Vaccination in Bombay 1924-1928 - 1924-1928
Year: 1924
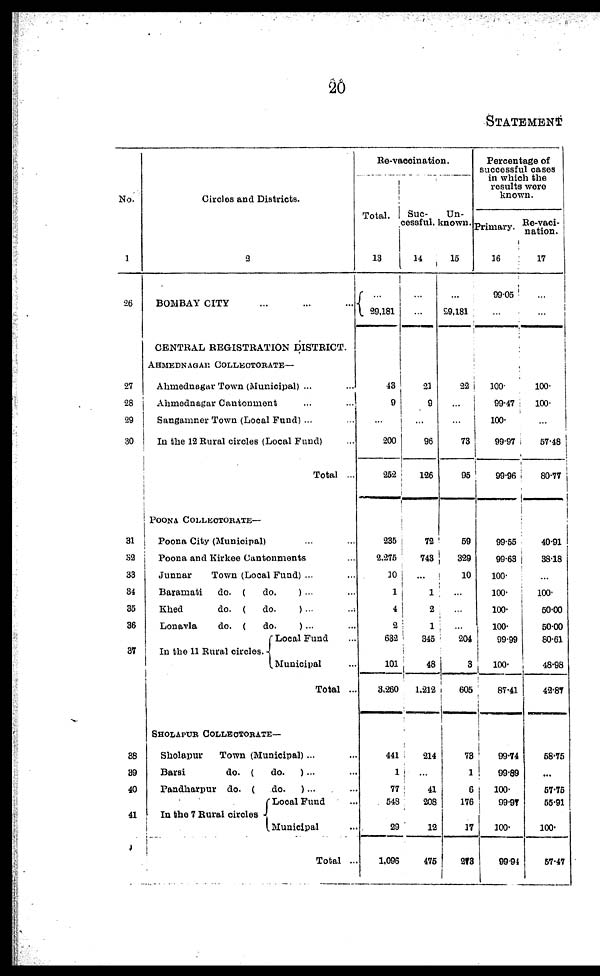
20
STATEMENT
No.
1
26
27
28
29
30
31
32
33
34
35
36
37
38
39
40
41
Circles and Districts.
2
BOMBAY CITY ... ... ...
CENTRAL REGISTRATION DISTRICT.
AHMEDNAGAE COLLECTORATE—
Ahmednagar Town (Municipal) ... ...
Ahmednagar Cantonment ... ...
Sangamner Town (Local Fund)... ...
In the 12 Rural circles (Local Fund) ...
Total ...
POONA COLLECTORATE—
Poona City (Municipal) ... ...
Poona and Kirkee Cantonments ...
Junnar
Town (Local Fund) ... ...
Baramati
do. (
do.
) ... ...
Khed
do. (
do.
) ... ...
Lonavla
do. (
do.
) ... ...
In the 11 Rural circles.
Local Fund ...
Municipal ...
Total ...
SHOLAPUR COLLECTORATE—
Sholapur
Town (Municipal) ... ...
Barsi
do. (
do.
) ... ...
Pandharpur do. (
do.
)... ...
In the 7 Rural circles
Local Fund ...
Municipal ...
Total ...
Re-vaccination.
Total.
13
...
29,181
43
9
...
200
252
235
2,275
10
1
4
2
632
101
3,260
441
1
77
548
29
1,096
Suc-
cessful.
14
...
...
21
9
...
96
126
72
743
...
1
2
1
345
48
1,212
214
...
41
208
12
475
Un-
known.
15
...
29,181
22
...
...
73
95
59
329
10
...
...
...
204
3
605
78
1
6
176
17
273
Percentage of
successful cases
in which the
results were
known.
Primary.
16
99.05
...
100.
99.47
100.
99.97
99.96
99.55
99.63
100.
100.
100.
100.
99.99
100.
87.41
99.74
99.89
100.
99.97
100.
99.94
Re-vaci¬
nation.
17
...
...
100.
100.
...
57.48
80.77
40.91
38.18
...
100.
50.00
50.00
80.61
48.98
42.87
58.75
...
57.75
55.91
100.
57.47